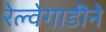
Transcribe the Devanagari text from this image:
रेल्वेगाडीने